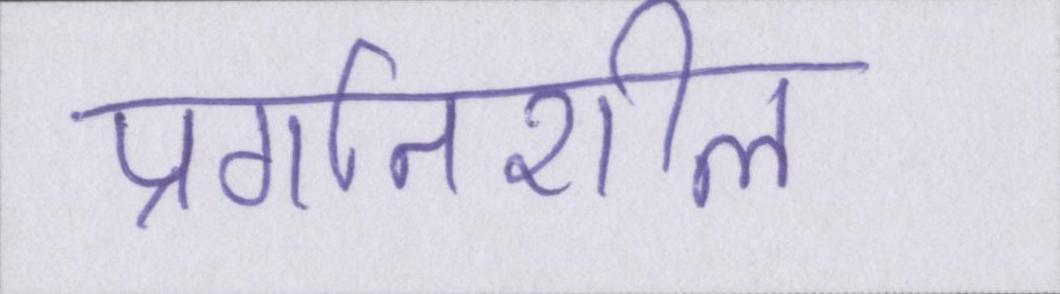
प्रगतिशील